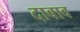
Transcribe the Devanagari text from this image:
दाबाव